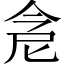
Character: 𠉞